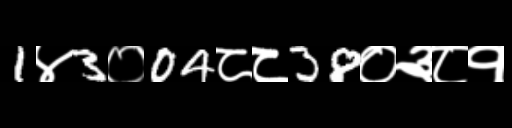
Text: 1४3०04८८38०३८१